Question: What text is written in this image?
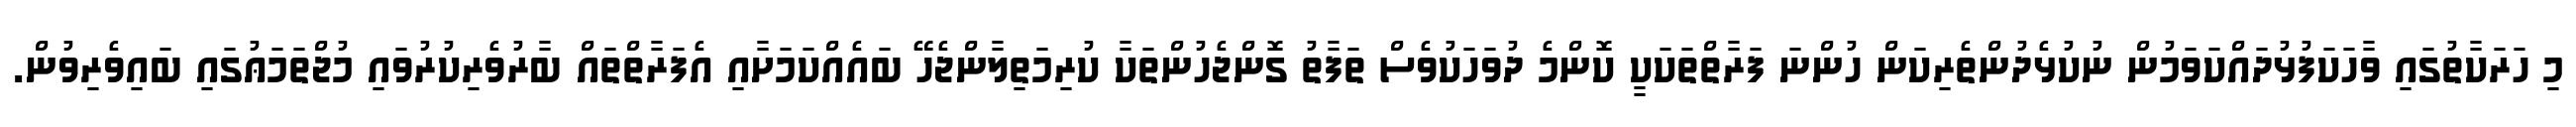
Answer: މި ހަރަކާތުގައި ވާހަކަފުޅުދައްކަވަމުން ނުކުޅެދުންތެރިކަން ހުންނަ ފަރާތްތަކަކީ ކޮންމެ ދުވަހަކުވެސް ތަފާތު ގޮންޖެހުންތަކާ ކުރިމަތިލާންޖެހޭ ބައެއްކަމަށާއި އެފަރާތްތައް ބާރުވެރިކުރުވައި މުޖްތަމަޢުގައި ބައިވެރިވުން.